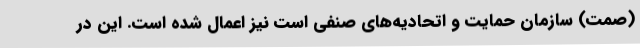
(صمت) سازمان حمایت و اتحادیه‌های صنفی است نیز اعمال شده است. این در